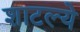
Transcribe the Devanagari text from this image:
शाटल्ये